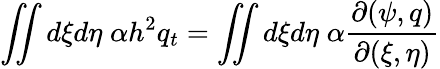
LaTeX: \iint d\xi d\eta\; \alpha h^{2}q_{t}=\iint d\xi d\eta\; \alpha\frac{\partial(\psi,q)}{\partial(\xi,\eta)}